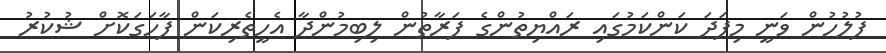
ފުލުހުން ވަނީ މިފަދަ ކަންކަމުގައި ރައްޔިތުންގެ ފަރާތުން ލިބިމުންދާ އެހީތެރިކަން ފާހަގަކޮށް ޝުކުރު